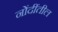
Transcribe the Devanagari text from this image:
नोंदींतील